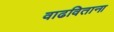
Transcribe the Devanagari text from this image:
वाढविताना